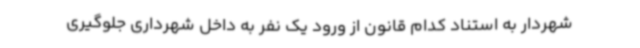
شهردار به استناد کدام قانون از ورود یک نفر به داخل شهرداری جلوگیری